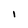
Character: I